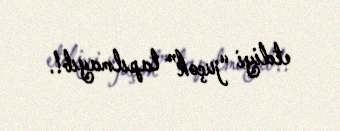
etdiyi “juçok” tapılmayıb!.